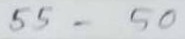
55 = 50